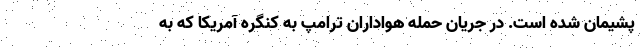
پشیمان شده است. در جریان حمله هواداران ترامپ به کنگره آمریکا که به